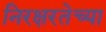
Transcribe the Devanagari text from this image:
निरक्षरतेच्या